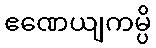
ဧဏေယျကမ္ပိ